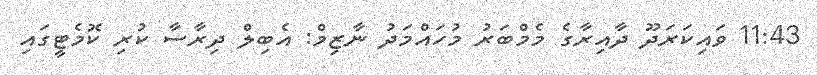
11:43 ވައިކަރަދޫ ދާއިރާގެ މެމްބަރު މުހައްމަދު ނާޒިމް: އެބިލް ދިރާސާ ކުރި ކޮމެޓީގައި